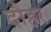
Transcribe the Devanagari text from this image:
दौहर